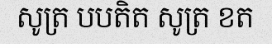
សូត្រ បបតិត សូត្រ ខត